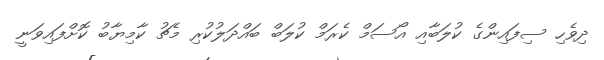
ދިވެހި ސިފައިންގެ ކުލަބާއި އޯސަމް ކެރަމް ކުލަބް ބައްދަލުކުރި މެޗު ކާމިޔާބު ކޮށްފައިވަނީ